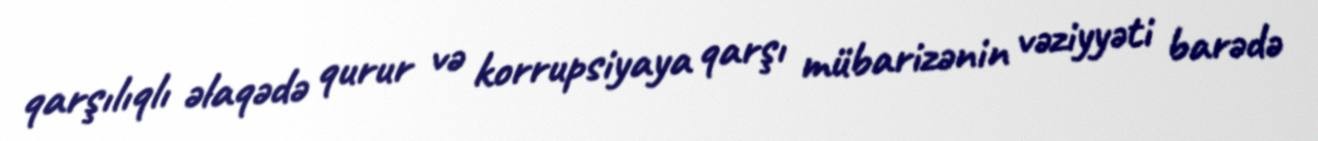
qarşılıqlı əlaqədə qurur və korrupsiyaya qarşı mübarizənin vəziyyəti barədə